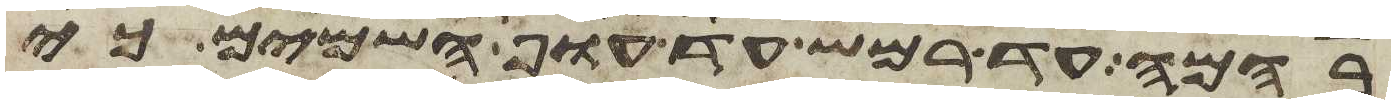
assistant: בהמה עד רמש עד עוף השמים כי